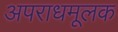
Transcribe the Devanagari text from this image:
अपराधमूलक